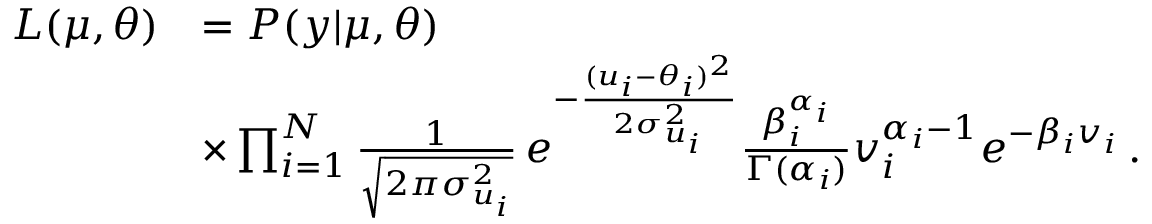
\begin{array} { r l } { L ( \boldsymbol { \mu } , \boldsymbol { \theta } ) } & { = P ( \boldsymbol { y } | \boldsymbol { \mu } , \boldsymbol { \theta } ) } \\ & { \times \prod _ { i = 1 } ^ { N } \frac { 1 } { \sqrt { 2 \pi \sigma _ { u _ { i } } ^ { 2 } } } \, e ^ { - \frac { ( u _ { i } - \theta _ { i } ) ^ { 2 } } { 2 \sigma _ { u _ { i } } ^ { 2 } } } \frac { \beta _ { i } ^ { \alpha _ { i } } } { \Gamma ( \alpha _ { i } ) } v _ { i } ^ { \alpha _ { i } - 1 } e ^ { - \beta _ { i } v _ { i } } \, . } \end{array}